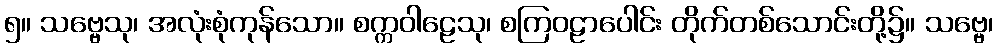
၅။ သဗ္ဗေသု၊ အလုံးစုံကုန်သော။ စက္ကဝါဠေသု၊ စကြဝဠာပေါင်း တိုက်တစ်သောင်းတို့၌။ သဗ္ဗေ၊